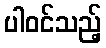
ပါဝင်သည့်